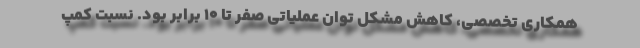
همکاری تخصصی، کاهش مشکل توان عملیاتی صفر تا 10 برابر بود. نسبت کمپ